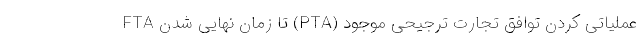
عملیاتی کردن توافق تجارت ترجیحی موجود (PTA) تا زمان نهایی شدن FTA